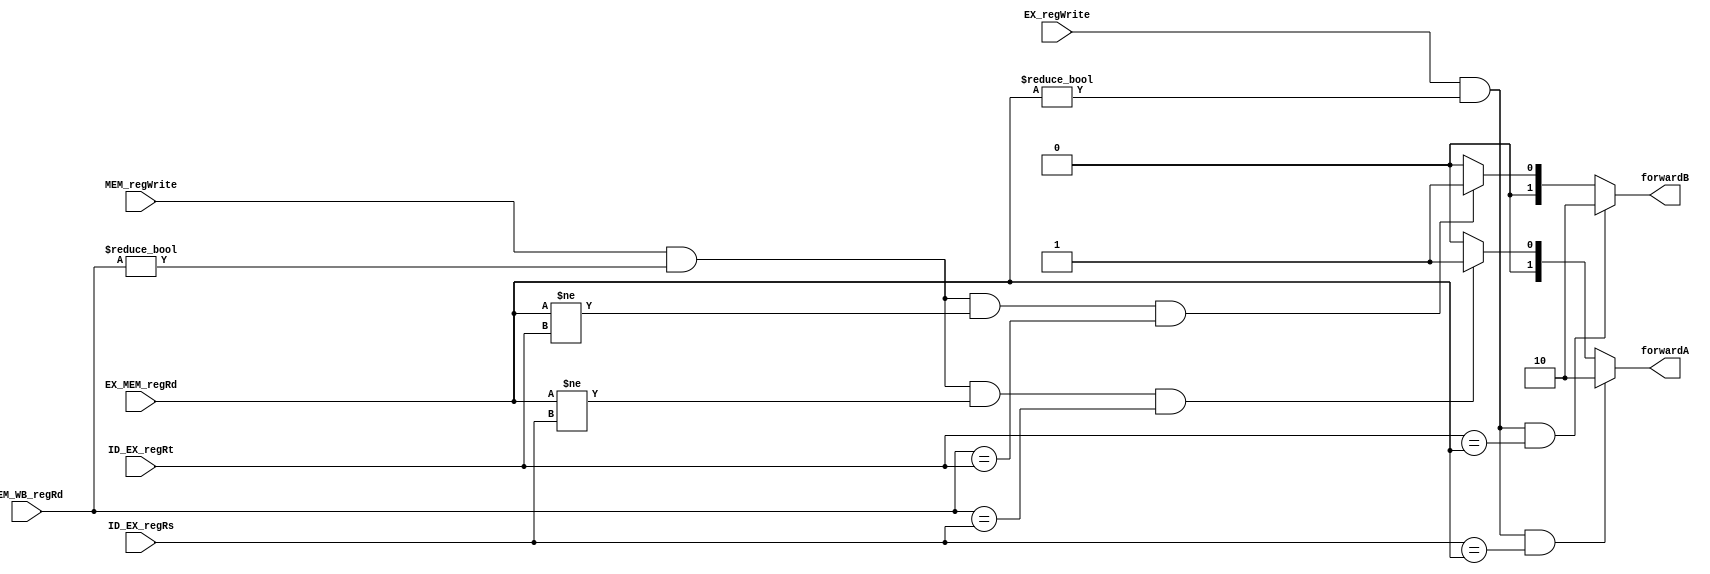
`timescale 1ns / 1ps
//////////////////////////////////////////////////////////////////////////////////
// Company: 
// Engineer: 
// 
// Design Name: 
// Module Name:    forward 
// Project Name: 
// Target Devices: 
// Tool versions: 
// Description: 
//
// Dependencies: 
//
// Revision: 
// Revision 0.01 - File Created
// Additional Comments: 
//
//////////////////////////////////////////////////////////////////////////////////
module forward(
    input [4:0] ID_EX_regRt,
    input [4:0] ID_EX_regRs,
    input [4:0] EX_MEM_regRd,
    input [4:0] MEM_WB_regRd,
    input EX_regWrite,
    input MEM_regWrite,
    output reg[1:0] forwardA,
    output reg[1:0] forwardB
    );
	 
	 always @(ID_EX_regRt or ID_EX_regRs or EX_MEM_regRd or MEM_WB_regRd or EX_regWrite or MEM_regWrite)
	 begin
	     if (EX_regWrite && EX_MEM_regRd != 0 && ID_EX_regRs == EX_MEM_regRd)
		      forwardA = 2'b10;
		  else if(MEM_regWrite && MEM_WB_regRd!=0 && EX_MEM_regRd != ID_EX_regRs && MEM_WB_regRd == ID_EX_regRs)
		      forwardA = 2'b01;
		  else forwardA = 0;
		  
		  if (EX_regWrite && EX_MEM_regRd != 0 && ID_EX_regRt == EX_MEM_regRd)
		      forwardB = 2'b10;
		  else if(MEM_regWrite && MEM_WB_regRd!=0 && EX_MEM_regRd != ID_EX_regRt && MEM_WB_regRd == ID_EX_regRt)
		      forwardB = 2'b01;
		  else forwardB = 0;
	 end
	 


endmodule